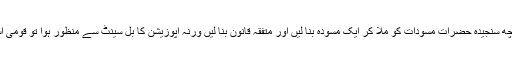
یوں پارلیمانی سطح پرایک کوشش ہو سکتی ہے کہ دونوں طرف سے کچھ سنجیدہ حضرات مسودات کو ملا کر ایک مسودہ بنا لیں اور متفقہ قانون بنا لیں ورنہ اپوزیشن کا بل سینٹ سے منظور ہوا تو قومی اسمبلی سے نہیں ہو سکتا اور سینٹ میں حکومت کو اکثریت حاصل نہیں۔